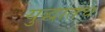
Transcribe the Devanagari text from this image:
युद्धातच